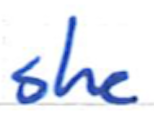
Text: she
Cross-out: clean
Writing tool: ballpoint